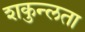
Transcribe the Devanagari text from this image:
शकुन्‍लता